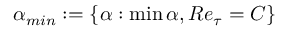
\alpha _ { m i n } : = \{ \alpha : \operatorname* { m i n } \alpha , R e _ { \tau } = C \}